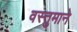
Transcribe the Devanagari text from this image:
वस्तुमाने